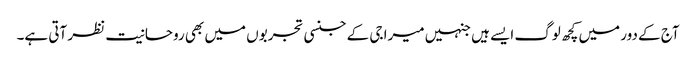
آج کے دور میں کچھ لوگ ایسے ہیں جنہیں میرا جی کے جنسی تجربوں میں بھی روحانیت نظر آتی ہے۔